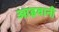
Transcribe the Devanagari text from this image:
आइवानी